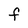
Character: F